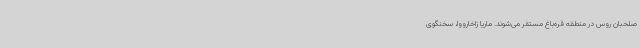
صلحبان روس در منطقه قره‌باغ مستقر می‌شوند. ماریا زاخارووا، سخنگوی